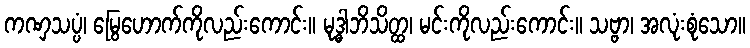
ကဏှသပ္ပံ၊ မြွေဟောက်ကိုလည်းကောင်း။ မုဒ္ဓါဘိသိတ္ထ၊ မင်းကိုလည်းကောင်း။ သဗ္ဗာ၊ အလုံးစုံသော။